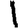
Digit: 1